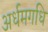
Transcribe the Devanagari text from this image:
अर्धमगधि